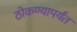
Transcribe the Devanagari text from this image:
ठोकण्यापर्यंत